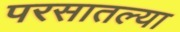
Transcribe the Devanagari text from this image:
परसातल्या